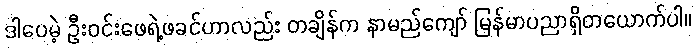
ဒါပေမဲ့ ဦးဝင်းဖေရဲ့ဖခင်ဟာလည်း တချိန်က နာမည်ကျော် မြန်မာပညာရှိတယောက်ပါ။